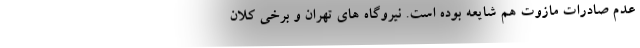
عدم صادرات مازوت هم شایعه بوده است. نیروگاه های تهران و برخی کلان